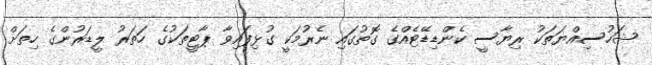
ޝަހުސިއްޔަތަކު ރިޔާސީ ކެންޑިޑޭޓެއްގެ ގޮތުގައި ނެރުމަކީ ގުޅިފައިވާ ޕާޓީތަކުގެ ހަތަރު ލީޑަރުންގެ ހިތަށް